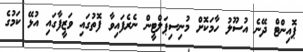
ޕޮއިންޓް ދޭނެ އުސޫލު ހާމަކޮށް މުނިސިޕަލްޓީން ނެރެފައިވާ ފޮތުގައި ވަޒީފާގައި އުޅޭ ކަމުގެ